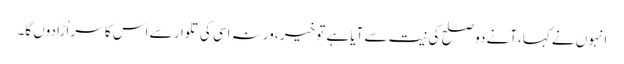
انہوں نے کہا،آنے دو صلح کی نیت سے آیا ہے تو خیر ،ورنہ اسی کی تلوار سے اس کا سر اُڑا دوں گا۔